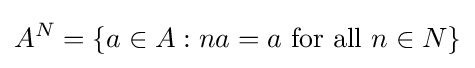
A^{N}=\{a\in A:na=a{\text{ for all }}n\in N\}